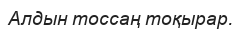
Алдын тоссаң тоқырар.